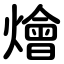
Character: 燴